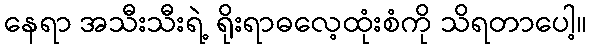
နေရာ အသီးသီးရဲ့ ရိုးရာဓလေ့ထုံးစံကို သိရတာပေါ့။